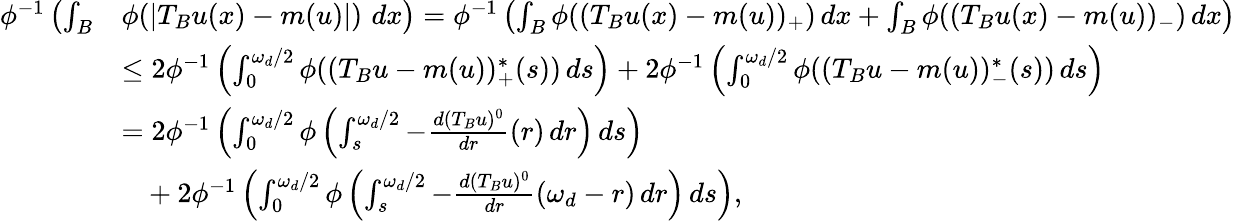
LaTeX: \begin{array}{rl}{\phi^{-1}\left(\int_{B}\right.}&{\phi(|T_{B}u(x)-m(u)|)\left.\, \vphantom{\int}dx\right)=\phi^{-1}\left(\int_{B}\phi((T_{B}u(x)-m(u))_{+})\, dx+\int_{B}\phi((T_{B}u(x)-m(u))_{-})\, dx\right)}\\ &{\leq 2\phi^{-1}\left(\int_{0}^{\omega_{d}/2}\phi((T_{B}u-m(u))_{+}^{*}(s))\, ds\right)+2\phi^{-1}\left(\int_{0}^{\omega_{d}/2}\phi((T_{B}u-m(u))_{-}^{*}(s))\, ds\right)}\\ &{=2\phi^{-1}\left(\int_{0}^{\omega_{d}/2}\phi\left(\int_{s}^{\omega_{d}/2}-\frac{d(T_{B}u)^{0}}{dr}(r)\, dr\right)\, ds\right)}\\ &{\ \ \ +2\phi^{-1}\left(\int_{0}^{\omega_{d}/2}\phi\left(\int_{s}^{\omega_{d}/2}-\frac{d(T_{B}u)^{0}}{dr}(\omega_{d}-r)\, dr\right)\, ds\right),}\end{array}